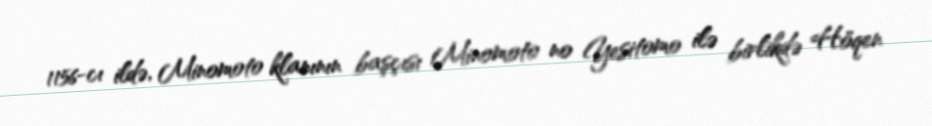
1156-cı ildə, Minomoto klanının başçısı Minomoto no Yesitomo ilə birlikdə Höqen